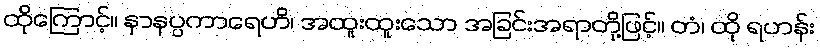
ထိုကြောင့်။ နာနပ္ပကာရေဟိ၊ အထူးထူးသော အခြင်းအရာတို့ဖြင့်။ တံ၊ ထို ရဟန်း